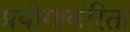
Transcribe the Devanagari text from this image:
प्रयोगाकरिता